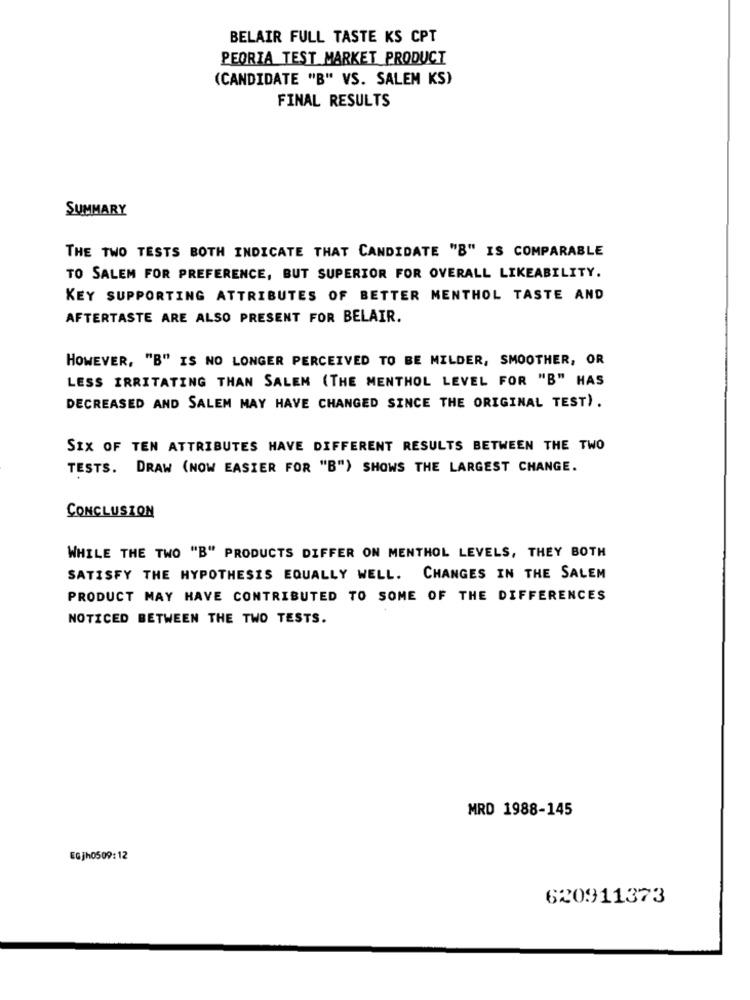
BELAIR FULL TASTE KS CPT
PEORIA TEST MARKET PRODUCT
(CANDIDATE "B" VS. SALEM KS)
FINAL RESULTS
SUMMARY
THE TWO TESTS BOTH INDICATE THAT CANDIDATE "B" IS COMPARABLE
TO SALEM FOR PREFERENCE, BUT SUPERIOR FOR OVERALL LIKEABILITY.
KEY SUPPORTING ATTRIBUTES OF BETTER MENTHOL TASTE AND
AFTERTASTE ARE ALSO PRESENT FOR BELAIR.
HOWEVER, "B" IS NO LONGER PERCEIVED TO BE MILDER, SMOOTHER, OR
LESS IRRITATING THAN SALEM (THE MENTHOL LEVEL FOR "B" HAS
DECREASED AND SALEM MAY HAVE CHANGED SINCE THE ORIGINAL TEST).
SIX OF TEN ATTRIBUTES HAVE DIFFERENT RESULTS BETWEEN THE TWO
TESTS. DRAW (NOW EASIER FOR "B") SHOWS THE LARGEST CHANGE.
CONCLUSION
WHILE THE TWO "B" PRODUCTS DIFFER ON MENTHOL LEVELS, THEY BOTH
SATISFY THE HYPOTHESIS EQUALLY WELL. CHANGES IN THE SALEM
PRODUCT MAY HAVE CONTRIBUTED TO SOME OF THE DIFFERENCES
NOTICED BETWEEN THE TWO TESTS.
MRD 1988-145
EGjh0509:12
620911373